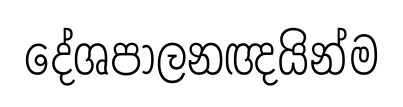
දේශපාලනඥයින්ම